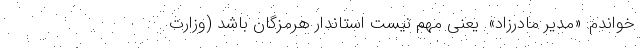
خواندم: «مدیر مادرزاد». یعنی مهم نیست استاندار هرمزگان باشد (وزارت